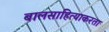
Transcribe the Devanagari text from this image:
बालसाहित्याकरता